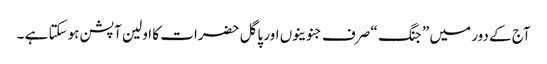
آج کے دور میں ” جنگ “ صرف جنوینوں اور پاگل حضرات کا اولین آپشن ہوسکتا ہے ۔